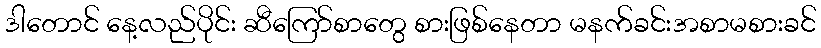
ဒါတောင် နေ့လည်ပိုင်း ဆီကြော်စာတွေ စားဖြစ်နေတာ မနက်ခင်းအစာမစားခင်